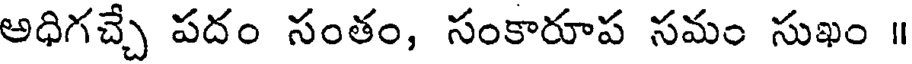
అధిగచ్చే పదం సంతం, సంకారూప సమం సుఖం ॥